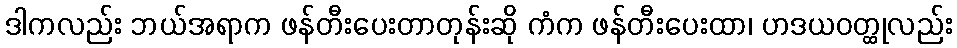
ဒါကလည်း ဘယ်အရာက ဖန်တီးပေးတာတုန်းဆို ကံက ဖန်တီးပေးထာ၊ ဟဒယဝတ္ထုလည်း